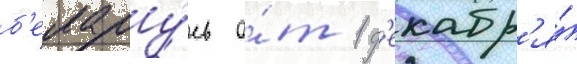
б'елару́сь о́т 1 д'екабр'я́